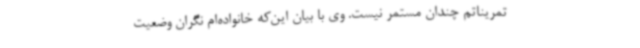
تمریناتم چندان مستمر نیست. وی با بیان این‌که خانواده‌ام نگران وضعیت